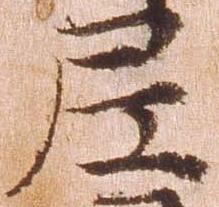
尼